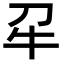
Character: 𭷔